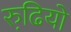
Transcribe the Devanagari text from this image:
रुढि़यो